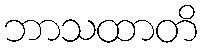
ဘာသထာတိ